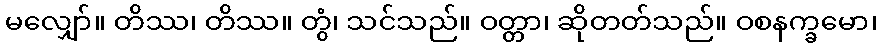
မလျှော်။ တိဿ၊ တိဿ။ တွံ၊ သင်သည်။ ဝတ္တာ၊ ဆိုတတ်သည်။ ဝစနက္ခမော၊